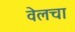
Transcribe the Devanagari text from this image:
वेलचा